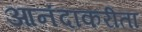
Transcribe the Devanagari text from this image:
आनंदाकरीता